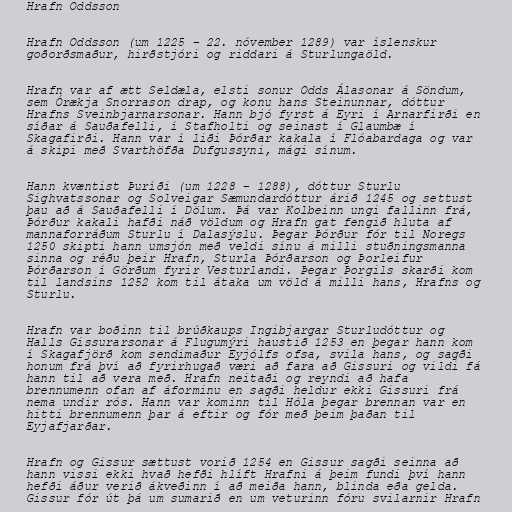
Hrafn Oddsson

Hrafn Oddsson (um 1225 – 22. nóvember 1289) var íslenskur
goðorðsmaður, hirðstjóri og riddari á Sturlungaöld.

Hrafn var af ætt Seldæla, elsti sonur Odds Álasonar á Söndum,
sem Órækja Snorrason drap, og konu hans Steinunnar, dóttur
Hrafns Sveinbjarnarsonar. Hann bjó fyrst á Eyri í Arnarfirði en
síðar á Sauðafelli, í Stafholti og seinast í Glaumbæ í
Skagafirði. Hann var í liði Þórðar kakala í Flóabardaga og var
á skipi með Svarthöfða Dufgussyni, mági sínum.

Hann kvæntist Þuríði (um 1228 – 1288), dóttur Sturlu
Sighvatssonar og Solveigar Sæmundardóttur árið 1245 og settust
þau að á Sauðafelli í Dölum. Þá var Kolbeinn ungi fallinn frá,
Þórður kakali hafði náð völdum og Hrafn gat fengið hluta af
mannaforráðum Sturlu í Dalasýslu. Þegar Þórður fór til Noregs
1250 skipti hann umsjón með veldi sínu á milli stuðningsmanna
sinna og réðu þeir Hrafn, Sturla Þórðarson og Þorleifur
Þórðarson í Görðum fyrir Vesturlandi. Þegar Þorgils skarði kom
til landsins 1252 kom til átaka um völd á milli hans, Hrafns og
Sturlu.

Hrafn var boðinn til brúðkaups Ingibjargar Sturludóttur og
Halls Gissurarsonar á Flugumýri haustið 1253 en þegar hann kom
í Skagafjörð kom sendimaður Eyjólfs ofsa, svila hans, og sagði
honum frá því að fyrirhugað væri að fara að Gissuri og vildi fá
hann til að vera með. Hrafn neitaði og reyndi að hafa
brennumenn ofan af áforminu en sagði heldur ekki Gissuri frá
nema undir rós. Hann var kominn til Hóla þegar brennan var en
hitti brennumenn þar á eftir og fór með þeim þaðan til
Eyjafjarðar.

Hrafn og Gissur sættust vorið 1254 en Gissur sagði seinna að
hann vissi ekki hvað hefði hlíft Hrafni á þeim fundi því hann
hefði áður verið ákveðinn í að meiða hann, blinda eða gelda.
Gissur fór út þá um sumarið en um veturinn fóru svilarnir Hrafn